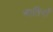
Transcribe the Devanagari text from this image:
नातिनों